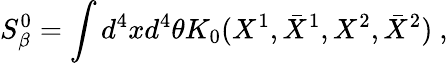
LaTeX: S_{\beta}^{0}=\int d^{4}xd^{4}\theta K_{0}(X^{1},\bar{X}^{1},X^{2},\bar{X}^{2})\ ,